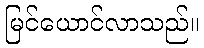
မြင်ယောင်လာသည်။